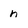
Character: n